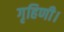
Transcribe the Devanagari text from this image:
गृहिणी।